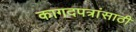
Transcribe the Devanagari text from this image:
कागदपत्रांसाठी